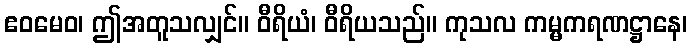
ဧဝမေဝ၊ ဤအတူသလျှင်။ ဝီရိယံ၊ ဝီရိယသည်။ ကုသလ ကမ္မကရဏဋ္ဌာနေ၊